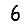
Digit: 6